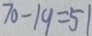
7 0 - 1 9 = 5 1